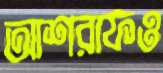
আশরাফও